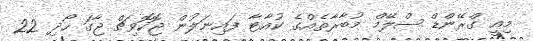
މިއީ ގްރޭންޑް ސްލޭމް މުބާރާތެއްގެ ކުއާޓާ ފައިނަލުން ޖޮކޮވިޗް ޖާގަ ހޯދި 22